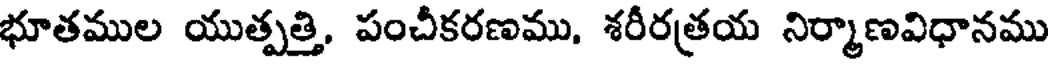
భూతముల యుత్పత్తి, పంచీకరణము, శరీరత్రయ నిర్మాణవిధానము